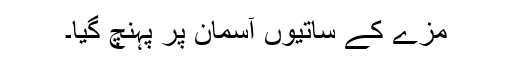
مزے کے ساتیوں آسمان پر پہنچ گیا۔